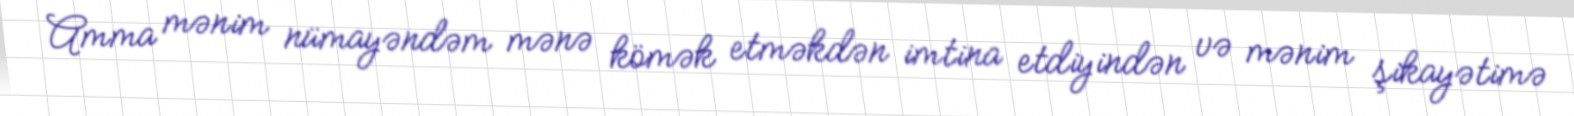
Amma mənim nümayəndəm mənə kömək etməkdən imtina etdiyindən və mənim şikayətimə